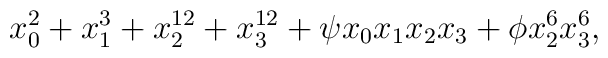
x_0^2 + x_1^3 + x_2^{12} + x_3^{12} + \psi x_0x_1x_2x_3	+\phi x_2^6x_3^6,